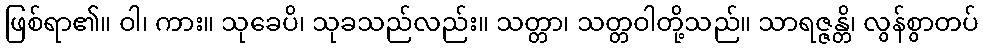
ဖြစ်ရာ၏။ ဝါ၊ ကား။ သုခေပိ၊ သုခသည်လည်း။ သတ္တာ၊ သတ္တဝါတို့သည်။ သာရဇ္ဇန္တိ၊ လွန်စွာတပ်